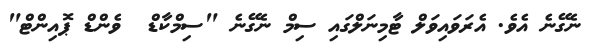
ނެގޭނެ އެވެ. އެރަވައިވަލް ޓާމިނަލްގައި ސިމް ނެގޭނެ "ސިމްކާޑް  ވެންޑް ޕޮއިންޓް"